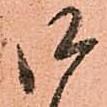
御